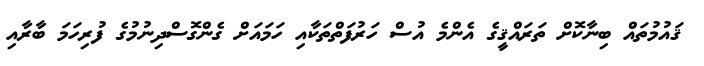
ޤައުމުތައް ބިނާކޮށް ތަރައްޤީގެ އެންމެ އުސް ހަރުފަތްތަކާއި ހަމައަށް ގެންގޮސްދިނުމުގެ ފުރިހަމަ ބާރާއި